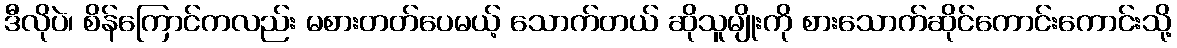
ဒီလိုပဲ၊ စိန်ကြောင်ကလည်း မစားတတ်ပေမယ့် သောက်တယ် ဆိုသူမျိုးကို စားသောက်ဆိုင်ကောင်းကောင်းသို့